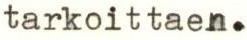
tarkoittaen.